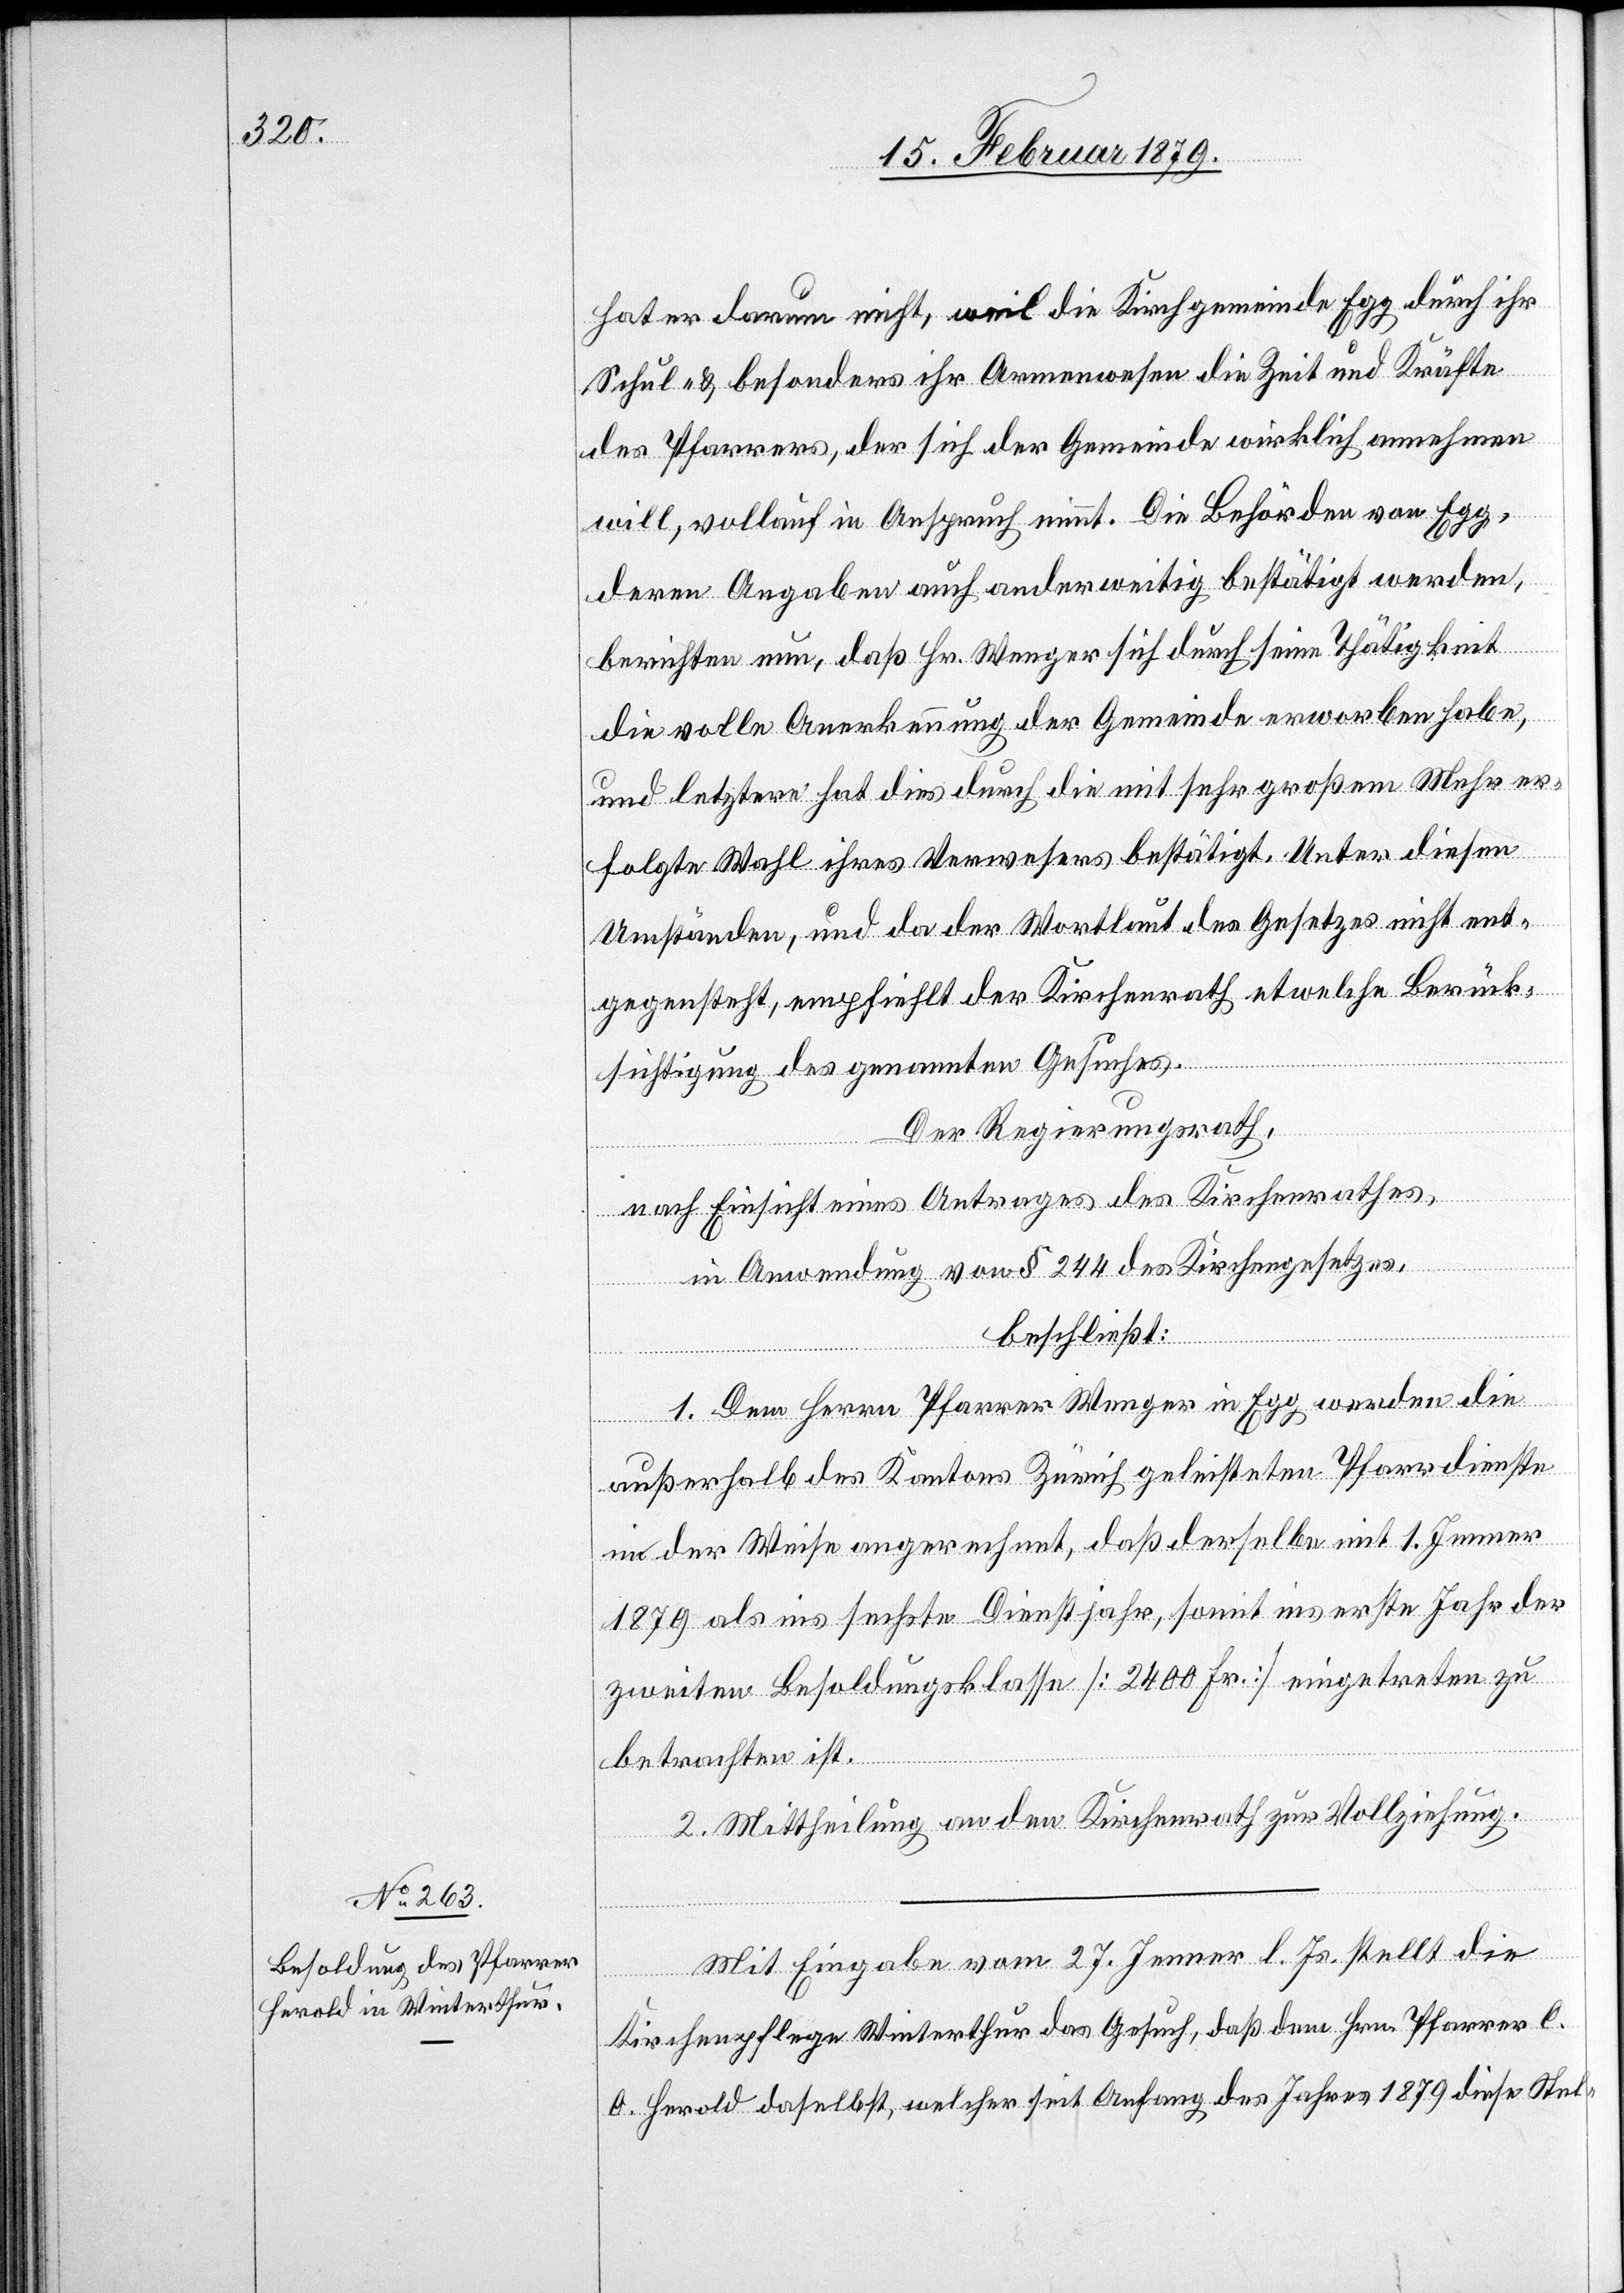
hat er darum nicht, weil die Kirchgemeinde Egg durch ihr
Schul- & besonders ihr Armenwesen die Zeit und Kräfte
des Pfarrers, der sich der Gemeinde wirklich annehmen
will, vollauf in Anspruch nimmt. Die Behörden von Egg,
deren Angaben auch anderweitig bestätigt werden,
berichten nun, daß Hr. Wenger sich durch seine Thätigkeit
die volle Anerkennung der Gemeinde erworben habe,
und letztere hat dies durch die mit sehr großem Mehr er¬
folgte Wahl ihres Verwesers bestätigt. Unter diesen
Umständen, und da der Wortlaut des Gesetzes nicht ent¬
gegensteht, empfiehlt der Kirchenrath etwelche Berück¬
sichtigung des genannten Gesuches.
Der Regierungsrath,
nach Einsicht eines Antrages des Kirchenrathes,
in Anwendung von § 244 des Kirchengesetzes,
beschließt:
1. Dem Herrn Pfarrer Wenger in Egg werden die
außerhalb des Kantons Zürich geleisteten Pfarrdienste
in der Weise angerechnet, daß derselbe mit 1. Jenner
1879 als ins sechste Dienstjahr, somit ins erste Jahr der
zweiten Besoldungsklasse [2400 Fr.] eingetreten zu
betrachten ist.
2. Mittheilung an den Kirchenrath zur Vollziehung.
Mit Eingabe vom 27. Jenner l. Js. stellt die
Kirchenpflege Winterthur das Gesuch, daß dem Hrn. Pfarrer C.
O. Herold daselbst, welcher seit Anfang des Jahres 1879 diese Stel-